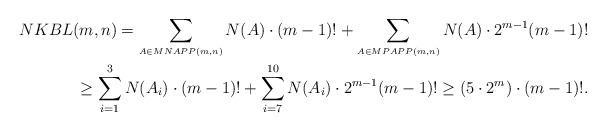
LaTeX: \begin{align*} NKBL(m,n) = \sum_{{\scriptscriptstyle A\in MNAPP(m,n)}} N(A) \cdot (m-1)! + \sum_{{\scriptscriptstyle A\in MPAPP(m,n)}} N(A) \cdot 2^{m-1} (m-1)! \\ \ge \sum_{i=1}^{3} N(A_i) \cdot (m-1)! + \sum_{i=7}^{10} N(A_i) \cdot 2^{m-1} (m-1)! \ge (5\cdot 2^m)\cdot (m-1)!.\end{align*}